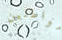
مواطنين